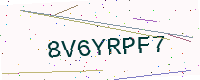
Text: 8V6YRPF7